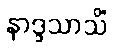
နာဒ္ဒသာသိံ